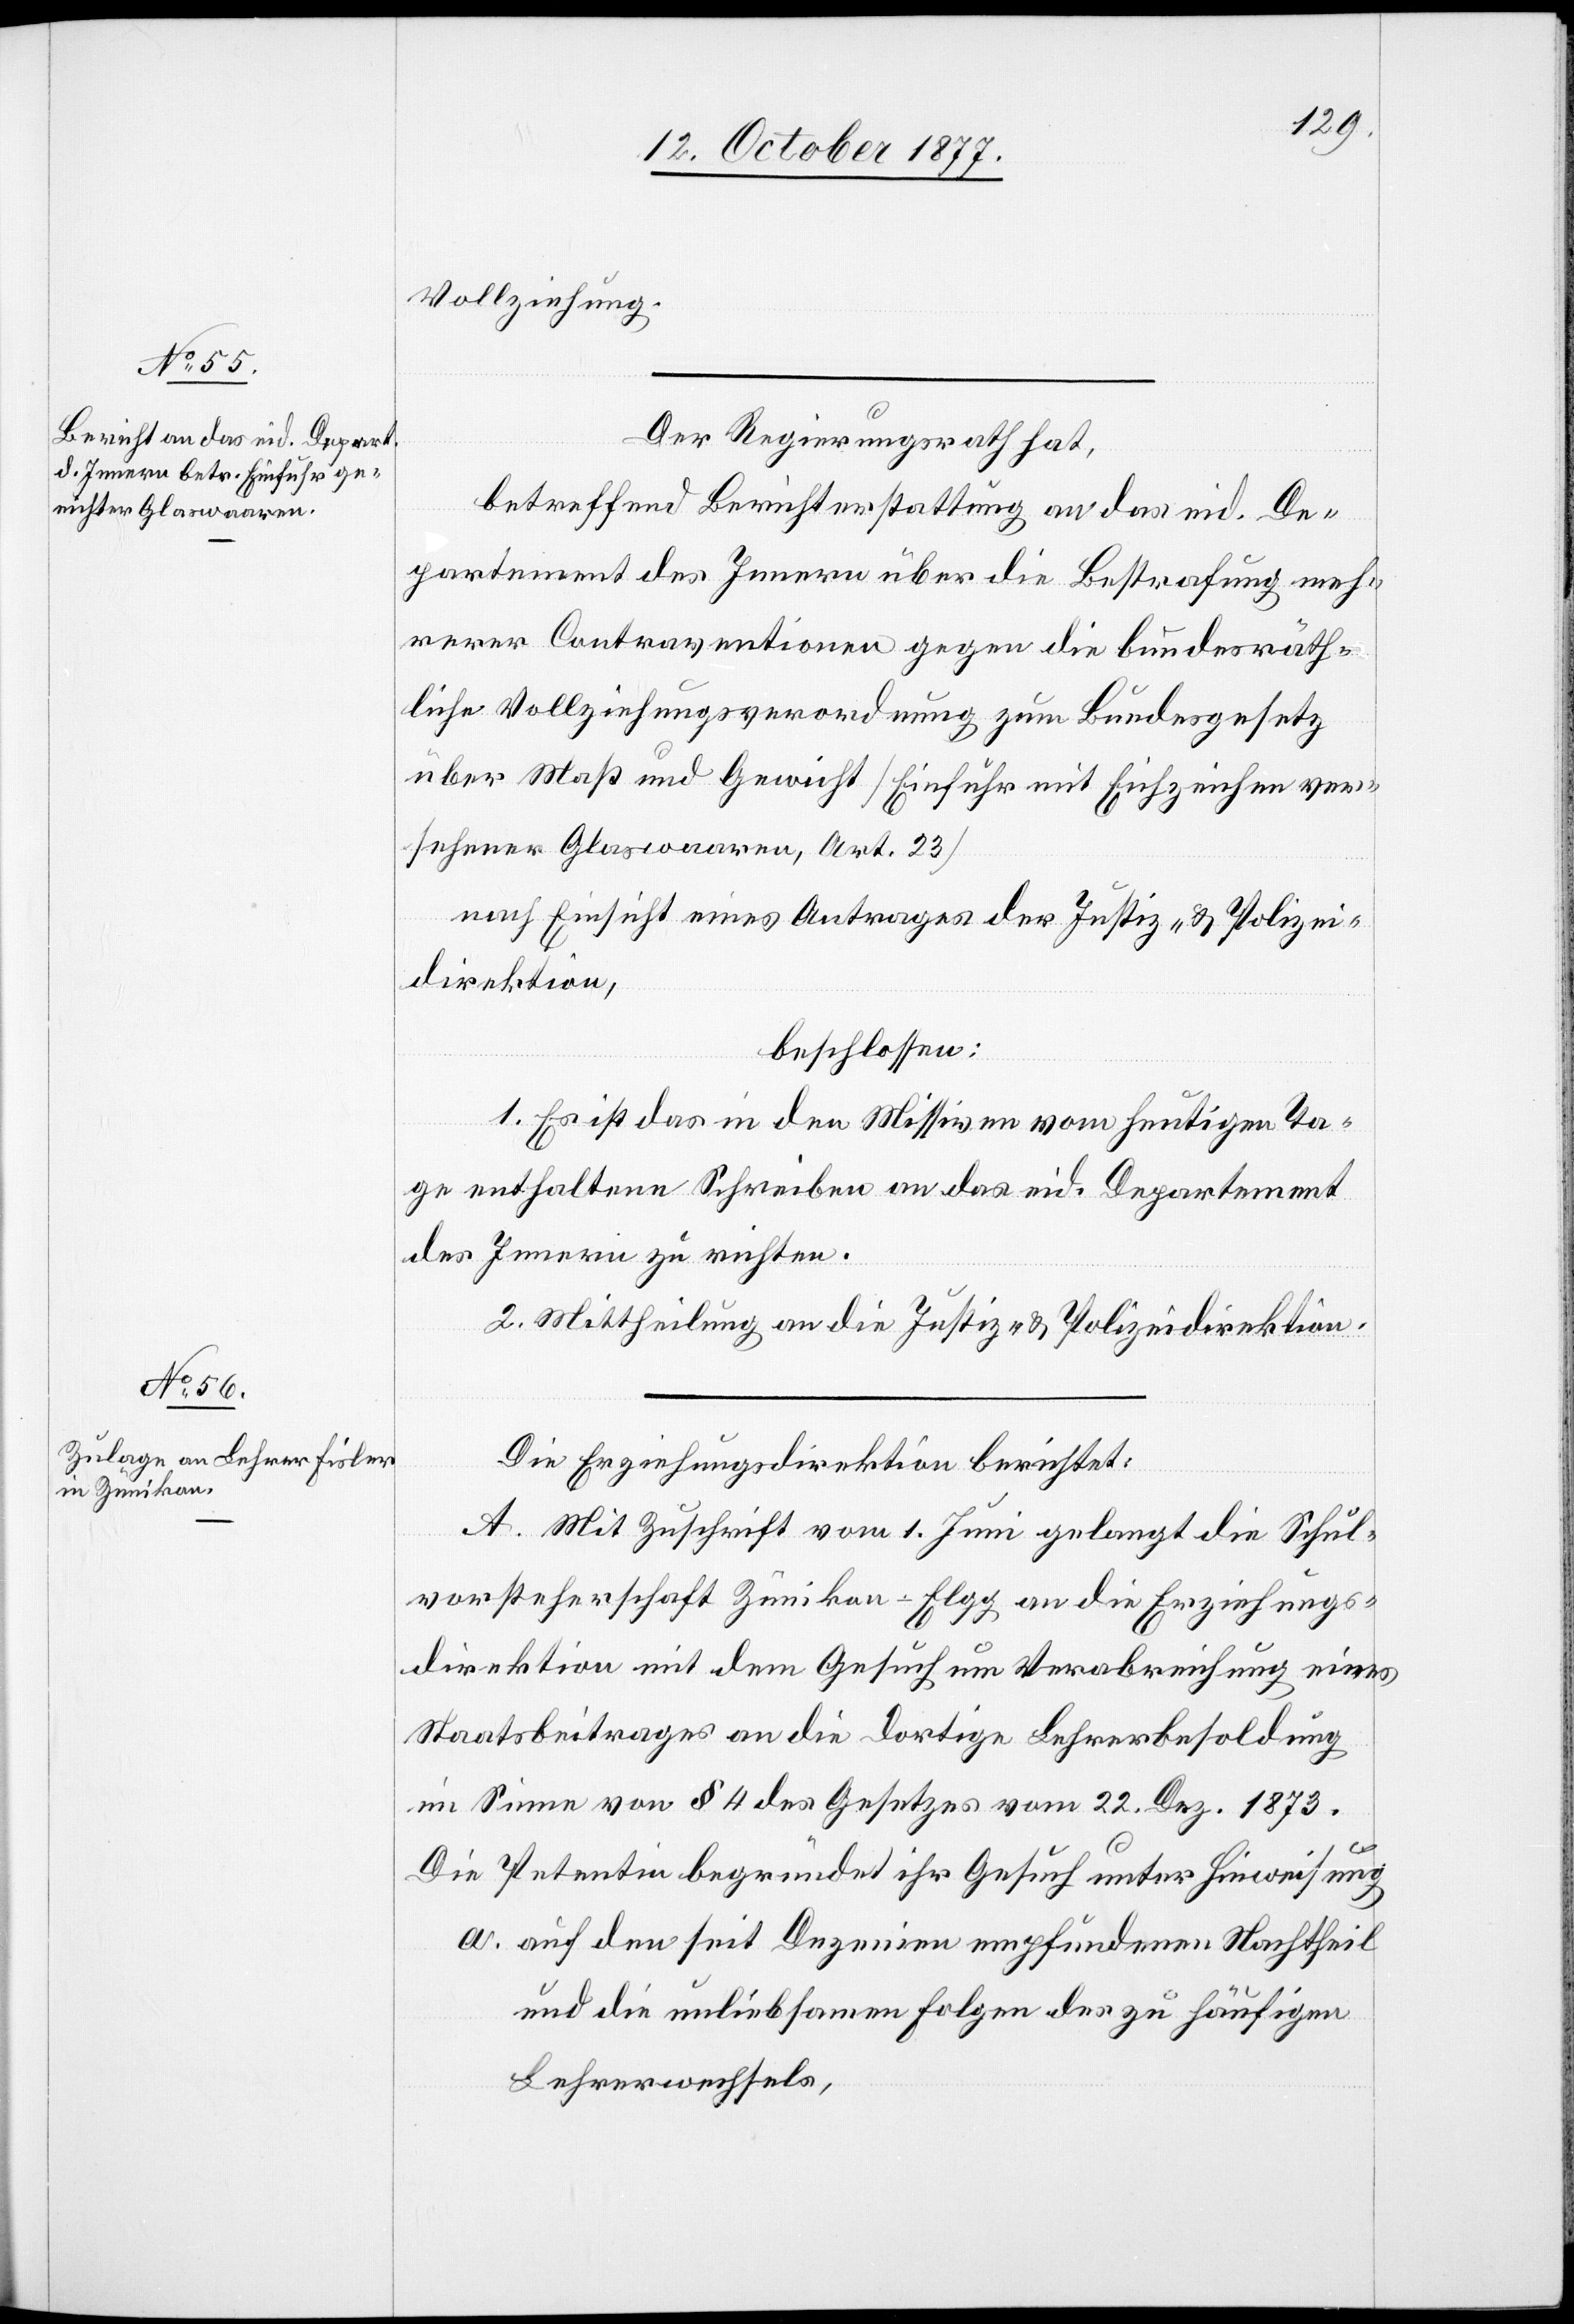
Vollziehung.
Der Regierungsrath hat,
betreffend Berichterstattung an das eid. De¬
partement des Innern über die Bestrafung meh¬
rerer Contraventionen gegen die bundesräth¬
liche Vollziehungsverordnung zum Bundesgesetz
über Maß und Gewicht [Einfuhr mit Eichzeichen ver¬
sehener Glaswaaren, Art. 23]
nach Einsicht eines Antrages der Justiz- & Polizei¬
direktion,
beschlossen:
1. Es ist das in den Missiven vom heutigen Ta¬
ge enthaltene Schreiben an das eid. Departement
des Innern zu richten.
2. Mittheilung an die Justiz- & Polizeidirektion.
Die Erziehungsdirektion berichtet:
A. Mit Zuschrift vom 1. Juni gelangt die Schul¬
vorsteherschaft Zünikon - Elgg an die Erziehungs¬
direktion mit dem Gesuch um Verabreichung eines
Staatsbeitrages an die dortige Lehrerbesoldung
im Sinne von § 4 des Gesetzes vom 22. Dez. 1873.
Die Petentin begründet ihr Gesuch unter Hinweisung
auf den seit Dezenien empfundenen Nachtheil
und die unliebsamen Folgen des zu häufigen
Lehrerwechsels,